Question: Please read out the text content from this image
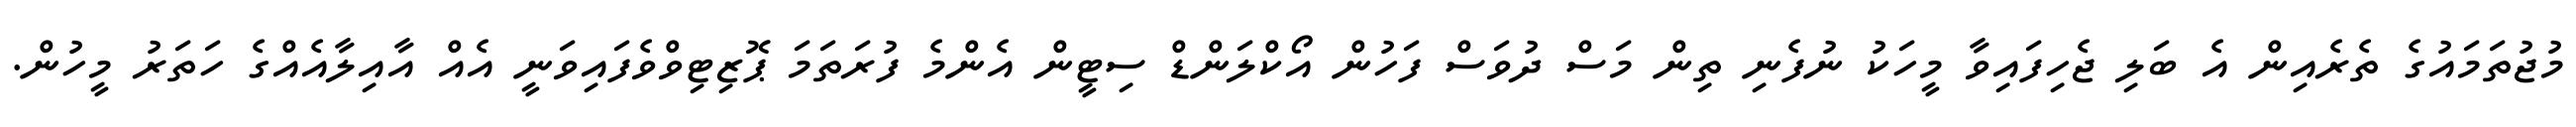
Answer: މުޖުތަމައުގެ ތެރެއިން އެ ބަލި ޖެހިފައިވާ މީހަކު ނުފެނި ތިން މަސް ދުވަސް ފަހުން އޯކްލަންޑް ސިޓީން އެންމެ ފުރަތަމަ ޕޮޒިޓިވްވެފައިވަނީ އެއް އާއިލާއެއްގެ ހަތަރު މީހުން.